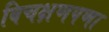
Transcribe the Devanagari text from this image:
विचक्षणपणा